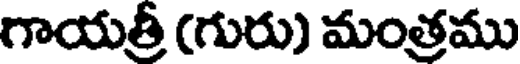
గాయత్రీ (గురు) మంత్రము